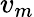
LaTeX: v_{m}